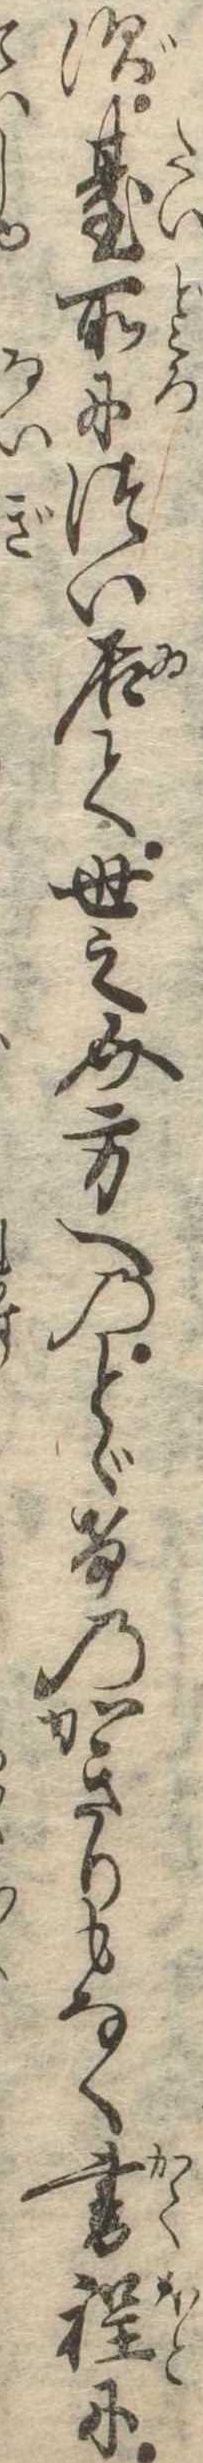
ず台所につい居て世之介方へのとゞけのかぎりもなく書程に